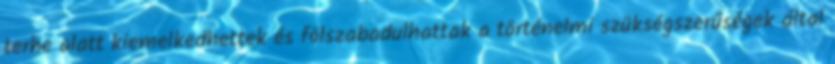
terhe alatt kiemelkedhettek és fölszabadulhattak a történelmi szükségszerűségek által